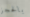
بالحجز